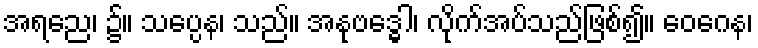
အရညေ၊ ၌။ သပ္ပေန၊ သည်။ အနုဗဒ္ဓေါ၊ လိုက်အပ်သည်ဖြစ်၍။ ဝေဂေန၊